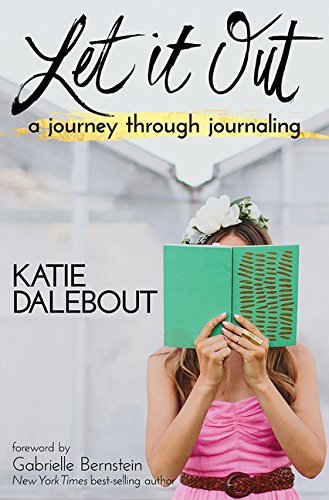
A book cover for Let It Out: A Journey Through Journaling; Katie Dalebout; Self-Help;